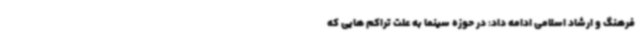
فرهنگ و ارشاد اسلامی ادامه داد: در حوزه سینما به علت تراکم هایی که